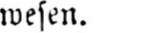
wesen.